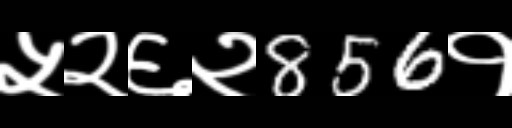
Text: ५२६२856१